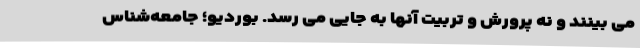
می بینند و نه پرورش و تربیت آنها به جایی می رسد. بوردیو؛ جامعه‌شناس